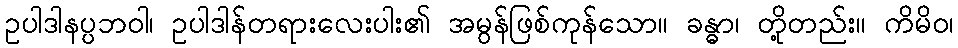
ဥပါဒါနပ္ပဘဝါ၊ ဥပါဒါန်တရားလေးပါး၏ အမွန်ဖြစ်ကုန်သော။ ခန္ဓာ၊ တို့တည်း။ ကိမိဝ၊